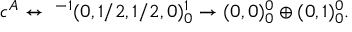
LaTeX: c ^ { A } \leftrightarrow \ ^ { - 1 } ( 0 , 1 / 2 , 1 / 2 , 0 ) _ { 0 } ^ { 1 } \rightarrow ( 0 , 0 ) _ { 0 } ^ { 0 } \oplus ( 0 , 1 ) _ { 0 } ^ { 0 } .